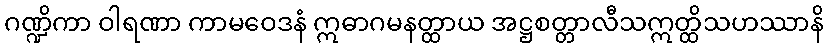
ဂဏ္ဍိကာ ဝါရဏာ ကာမဝေဒနံ ဣဓာဂမနတ္ထာယ အဋ္ဌစတ္တာလီသဣတ္ထိသဟဿာနိ